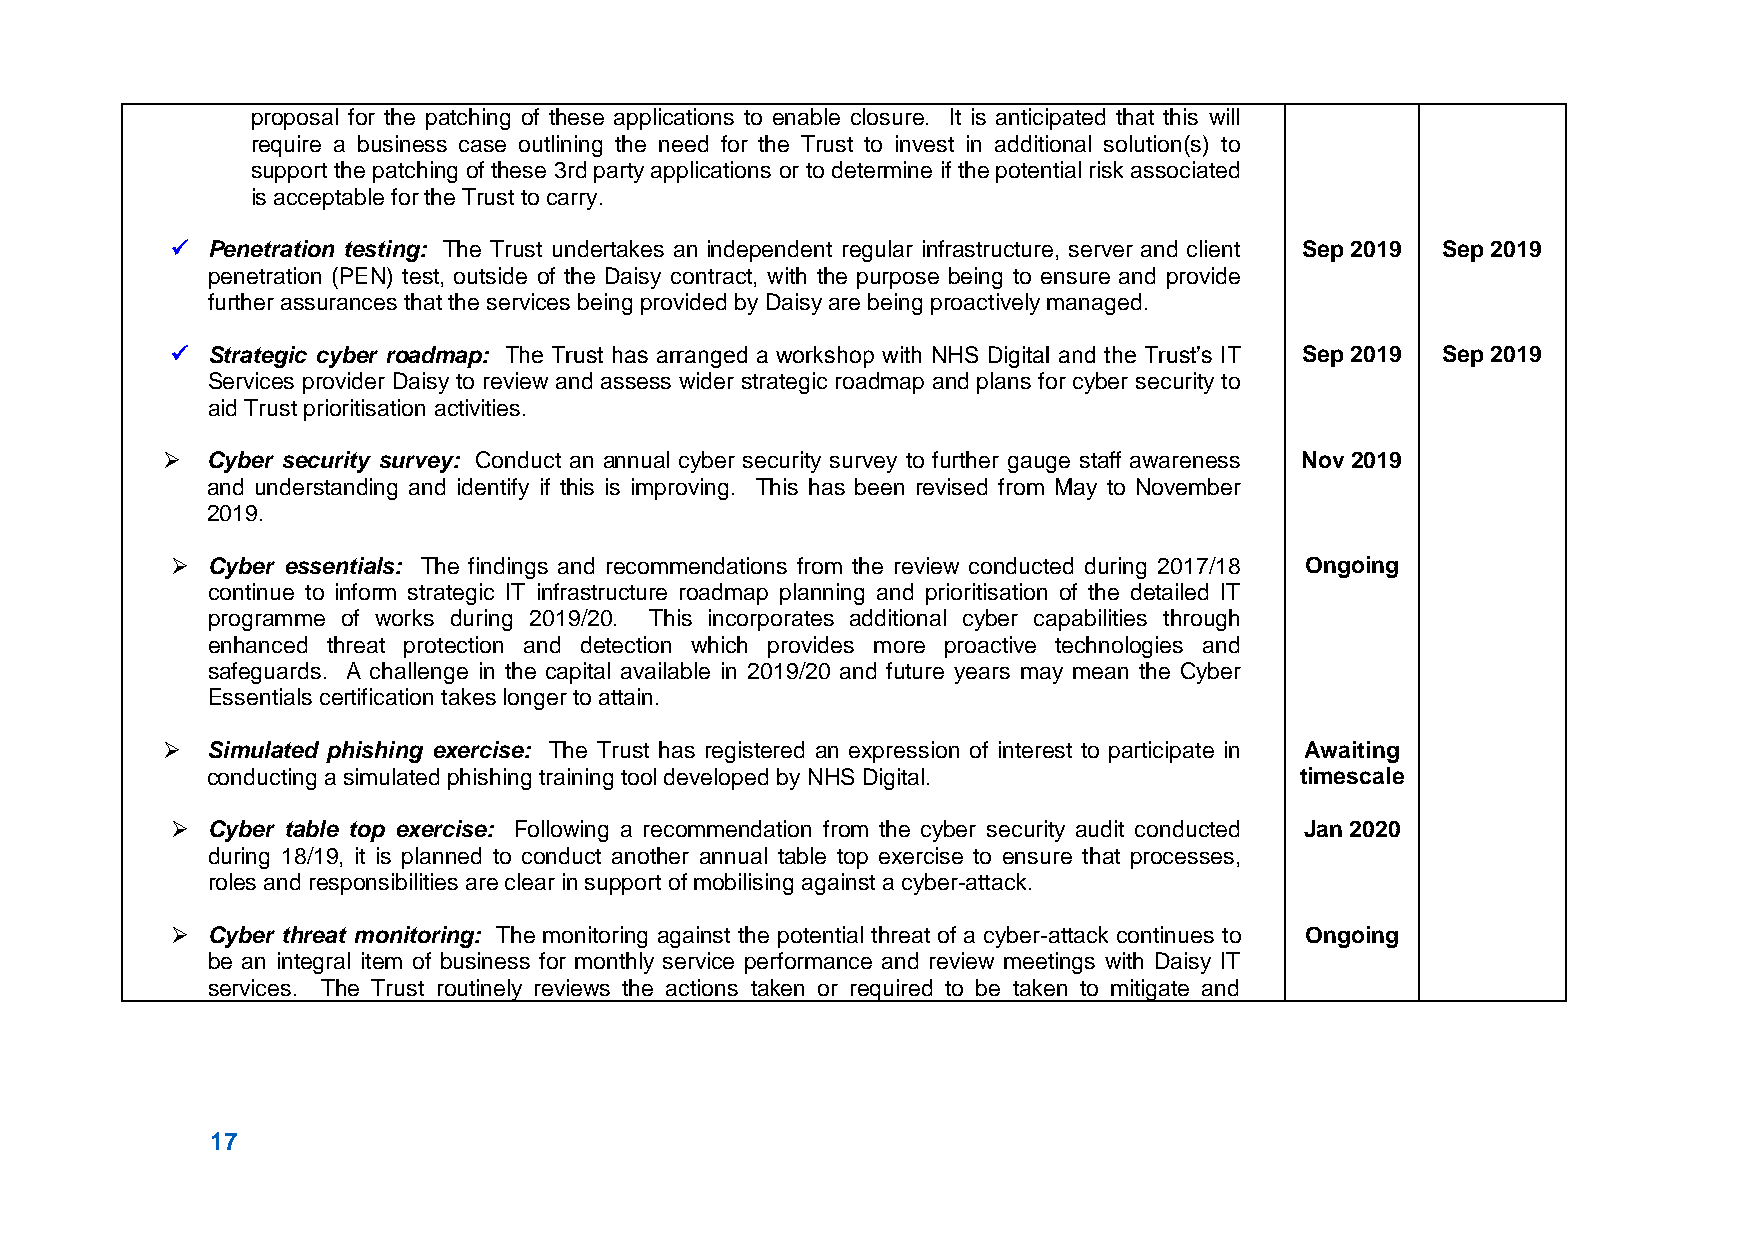
proposal for the patching of these applications to enable closure. It is anticipated that this will
 require a business case outlining the need for the Trust to invest in additional solution(s) to
 support the patching of these 3rd party applications or to determine if the potential risk associated
 is acceptable for the Trust to carry.
   Penetration testing: The Trust undertakes an independent regular infrastructure, server and client Sep 2019 Sep 2019
 penetration (PEN) test, outside of the Daisy contract, with the purpose being to ensure and provide
 further assurances that the services being provided by Daisy are being proactively managed.
   Strategic cyber roadmap: The Trust has arranged a workshop with NHS Digital and the Trust’s IT Sep 2019 Sep 2019
 Services provider Daisy to review and assess wider strategic roadmap and plans for cyber security to
 aid Trust prioritisation activities.
   Cyber security survey: Conduct an annual cyber security survey to further gauge staff awareness Nov 2019
 and understanding and identify if this is improving. This has been revised from May to November
 2019.
   Cyber essentials: The findings and recommendations from the review conducted during 2017/18 Ongoing
 continue to inform strategic IT infrastructure roadmap planning and prioritisation of the detailed IT
 programme of works during 2019/20. This incorporates additional cyber capabilities through
 enhanced threat protection and detection which provides more proactive technologies and
 safeguards. A challenge in the capital available in 2019/20 and future years may mean the Cyber
 Essentials certification takes longer to attain.
   Simulated phishing exercise: The Trust has registered an expression of interest to participate in Awaiting
 conducting a simulated phishing training tool developed by NHS Digital. timescale
   Cyber table top exercise: Following a recommendation from the cyber security audit conducted Jan 2020
 during 18/19, it is planned to conduct another annual table top exercise to ensure that processes,
 roles and responsibilities are clear in support of mobilising against a cyber-attack.
   Cyber threat monitoring: The monitoring against the potential threat of a cyber-attack continues to Ongoing
 be an integral item of business for monthly service performance and review meetings with Daisy IT
 services. The Trust routinely reviews the actions taken or required to be taken to mitigate and
 17